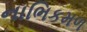
નાભિકમળ